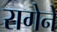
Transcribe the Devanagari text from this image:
रागेने